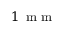
1 \, \mathrm { ~ m ~ m ~ }